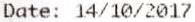
DATE: 14/10/2017